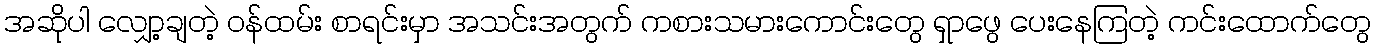
အဆိုပါ လျှော့ချတဲ့ ဝန်ထမ်း စာရင်းမှာ အသင်းအတွက် ကစားသမားကောင်းတွေ ရှာဖွေ ပေးနေကြတဲ့ ကင်းထောက်တွေ